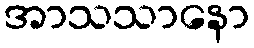
အာသသာနော